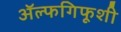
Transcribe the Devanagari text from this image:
ॲल्फगिफूशी